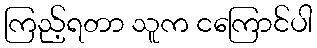
ကြည့်ရတာ သူက ငကြောင်ပါ